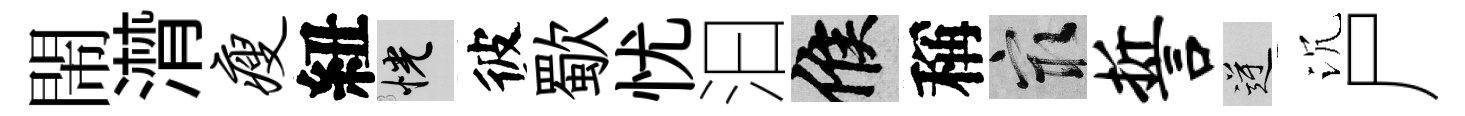
閙潸瘦紐恍彼歜忧汩候稱冣誓逆沉尸